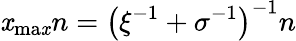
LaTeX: \mathit{x}_{\mathrm{{ma\mathit{x}}}}n=\left(\xi^{-1}+\sigma^{-1}\right)^{-1}n